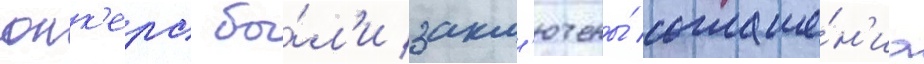
юнк'ерс бы́л'и закл'ючены́ соглаше́н'иа